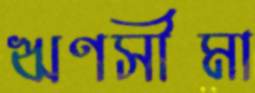
ঋণসীমা